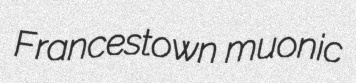
Francestown muonic